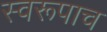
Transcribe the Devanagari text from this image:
स्वरूपाच